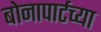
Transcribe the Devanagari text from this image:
बोनापार्टच्या